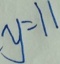
y = 1 1